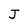
Character: J